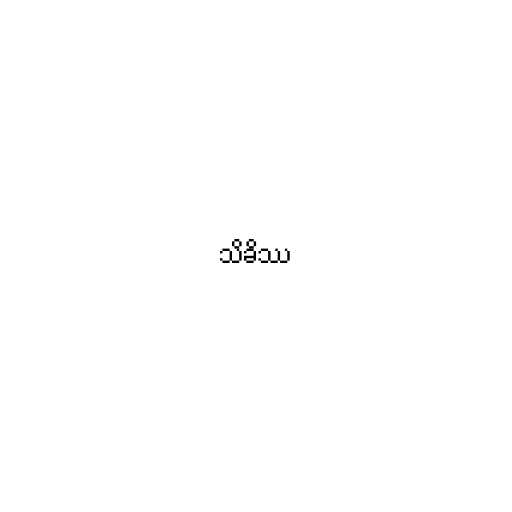
သိခိဿ